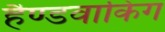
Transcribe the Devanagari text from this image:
हैण्डवाकिंग